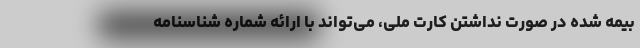
بیمه شده در صورت نداشتن کارت ملی، می‌تواند با ارائه شماره شناسنامه